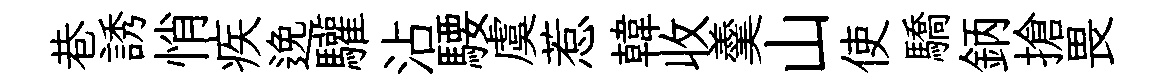
巷誘悄疾𨓜驩沾騕虞惹韓收羹山使驕鈵搶畏